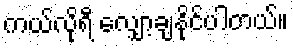
ကယ်လိုရီ လျှော့ချနိုင်ပါတယ်။